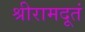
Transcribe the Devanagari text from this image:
श्रीरामदूतं